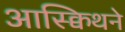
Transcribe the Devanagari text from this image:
आस्क्विथने